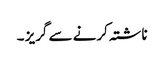
ناشتہ کرنے سے گریز ۔